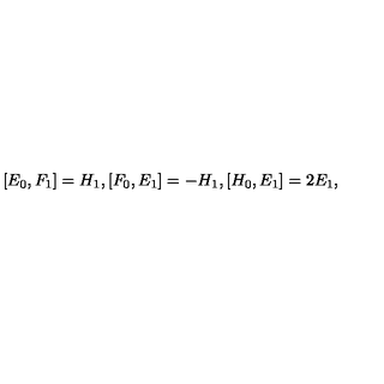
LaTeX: [ E _ { 0 } , F _ { 1 } ] = H _ { 1 } , [ F _ { 0 } , E _ { 1 } ] = - H _ { 1 } , [ H _ { 0 } , E _ { 1 } ] = 2 E _ { 1 } ,